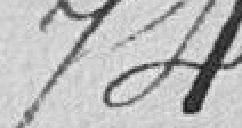
74.